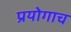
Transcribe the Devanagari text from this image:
प्रयोगाच